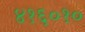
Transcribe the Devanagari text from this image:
४१६०१०